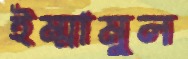
ইম্মামুল